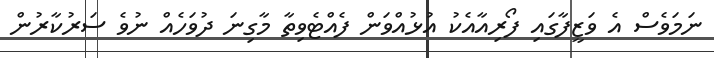
ނަމަވެސް އެ ވަޒީފާގައި ފޯރިއާއެކު އުޅުއްވަން ފެއްޓެވިތާ މާގިނަ ދުވަހެއް ނުވެ ސަރުކާރުން